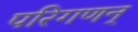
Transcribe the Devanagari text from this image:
परिगणन्